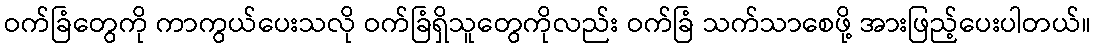
ဝက်ခြံတွေကို ကာကွယ်ပေးသလို ဝက်ခြံရှိသူတွေကိုလည်း ဝက်ခြံ သက်သာစေဖို့ အားဖြည့်ပေးပါတယ်။